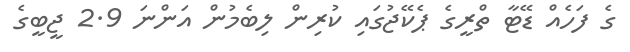
ގެ ފަހެއް ޑޭޓާ ތްރީގެ ޕެކޭޖުގައި ކުރިން ލިބެމުން އަންނަ 2.9 ޖީބީގެ